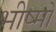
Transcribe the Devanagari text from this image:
भीष्मो